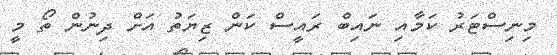
މިނިސްޓަރު ކަމާއި ނައިބް ރައީސް ކަން ޒިޔަތު އަށް ދިނުން ތޯ މީ